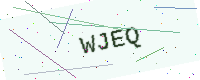
Text: WJEQ